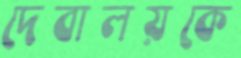
দেবালয়কে